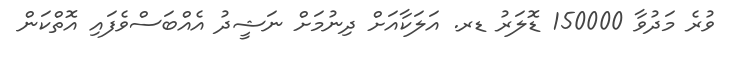
ވުރެ މަދުވާ 150000 ޑޮލަރު ޑރ. އަލަކާއަށް ދިނުމަށް ނަޝީދު އެއްބަސްވެފައި އޮތްކަން